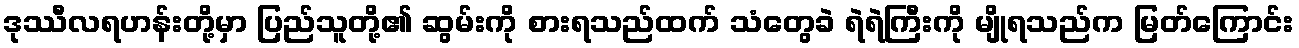
ဒုဿီလရဟန်းတို့မှာ ပြည်သူတို့၏ ဆွမ်းကို စားရသည်ထက် သံတွေခဲ ရဲရဲကြီးကို မျိုရသည်က မြတ်ကြောင်း